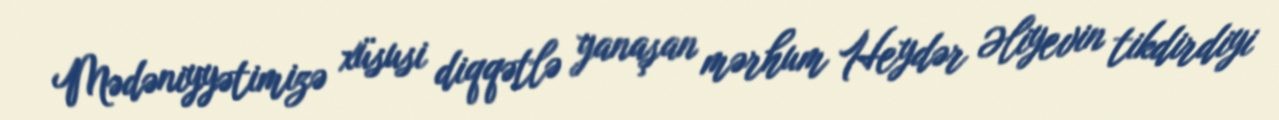
Mədəniyyətimizə xüsusi diqqətlə yanaşan mərhum Heydər Əliyevin tikdirdiyi